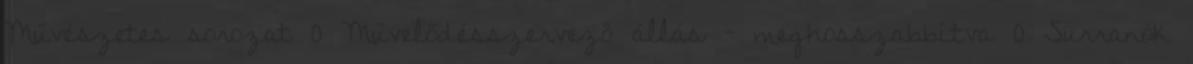
Művészetes sorozat 0 Művelődésszervező állás – meghosszabbítva 0 Surranók